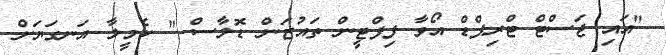
"އައި ޖަސްޓް ޓްރިޕްޑް އޯވާ ފިފްޓީން ތައުޒަން ޑޮލާސް " ކެމީލާ އަނގަޔަށް